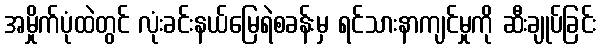
အမှိုက်ပုံထဲတွင် လုံးခင်းနယ်မြေရဲစခန်းမှ ရင်သားနာကျင်မှုကို ဆီးချုပ်ခြင်း